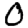
Digit: 0